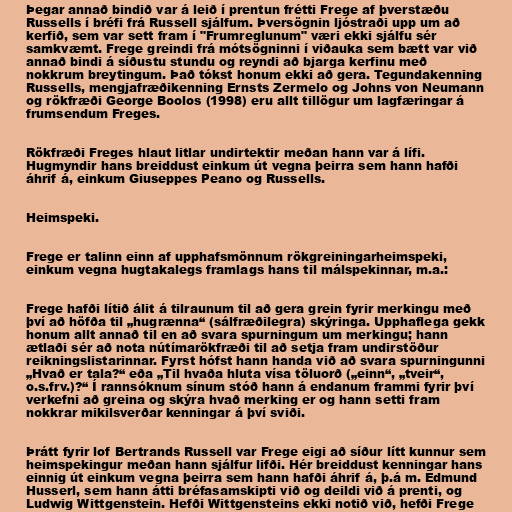
Þegar annað bindið var á leið í prentun frétti Frege af þverstæðu
Russells í bréfi frá Russell sjálfum. Þversögnin ljóstraði upp um að
kerfið, sem var sett fram í "Frumreglunum" væri ekki sjálfu sér
samkvæmt. Frege greindi frá mótsögninni í viðauka sem bætt var við
annað bindi á síðustu stundu og reyndi að bjarga kerfinu með
nokkrum breytingum. Það tókst honum ekki að gera. Tegundakenning
Russells, mengjafræðikenning Ernsts Zermelo og Johns von Neumann
og rökfræði George Boolos (1998) eru allt tillögur um lagfæringar á
frumsendum Freges.

Rökfræði Freges hlaut litlar undirtektir meðan hann var á lífi.
Hugmyndir hans breiddust einkum út vegna þeirra sem hann hafði
áhrif á, einkum Giuseppes Peano og Russells.

Heimspeki.

Frege er talinn einn af upphafsmönnum rökgreiningarheimspeki,
einkum vegna hugtakalegs framlags hans til málspekinnar, m.a.:

Frege hafði lítið álit á tilraunum til að gera grein fyrir merkingu með
því að höfða til „hugrænna“ (sálfræðilegra) skýringa. Upphaflega gekk
honum allt annað til en að svara spurningum um merkingu; hann
ætlaði sér að nota nútímarökfræði til að setja fram undirstöður
reikningslistarinnar. Fyrst hófst hann handa við að svara spurningunni
„Hvað er tala?“ eða „Til hvaða hluta vísa töluorð („einn“, „tveir“,
o.s.frv.)?“ Í rannsóknum sínum stóð hann á endanum frammi fyrir því
verkefni að greina og skýra hvað merking er og hann setti fram
nokkrar mikilsverðar kenningar á því sviði.

Þrátt fyrir lof Bertrands Russell var Frege eigi að síður lítt kunnur sem
heimspekingur meðan hann sjálfur lifði. Hér breiddust kenningar hans
einnig út einkum vegna þeirra sem hann hafði áhrif á, þ.á m. Edmund
Husserl, sem hann átti bréfasamskipti við og deildi við á prenti, og
Ludwig Wittgenstein. Hefði Wittgensteins ekki notið við, hefði Frege